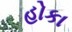
હોકા